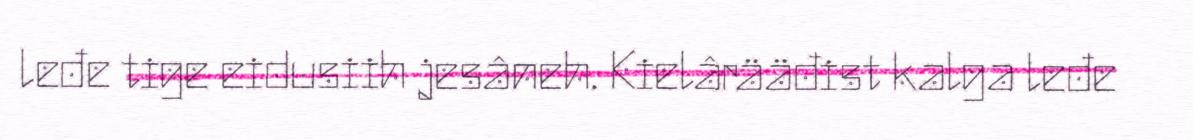
leđe tige eidusiih jesâneh. Kielârääđist kalga leđe